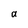
Character: a